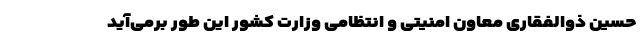
حسین ذوالفقاری معاون امنیتی و انتظامی وزارت کشور این طور برمی‌آید